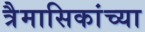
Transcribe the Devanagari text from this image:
त्रैमासिकांच्या